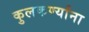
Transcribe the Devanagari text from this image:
कुलकर्ण्यांना